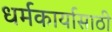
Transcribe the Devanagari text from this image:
धर्मकार्यासाठी